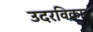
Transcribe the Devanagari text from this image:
उदरविकार